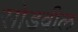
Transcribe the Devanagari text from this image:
सोडवील